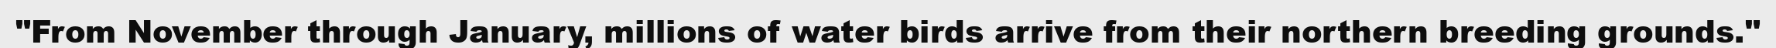
"From November through January, millions of water birds arrive from their northern breeding grounds."